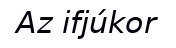
Az ifjúkor